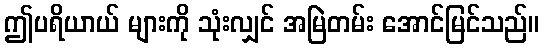
ဤပရိယာယ် များကို သုံးလျှင် အမြဲတမ်း အောင်မြင်သည်။